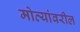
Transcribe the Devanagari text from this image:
मोत्यांवरील